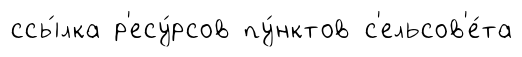
ссы́лка р'есу́рсов пу́нктов с'ельсов'е́та